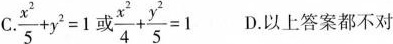
C. $$\frac { x ^ { 2 } } { 5 } + y ^ { 2 } = 1$$或$$\frac { x ^ { 2 } } { 4 } + \frac { y ^ { 2 } } { 5 } =1$$ D.以上答案都不对